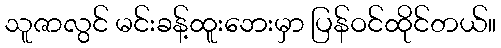
သူဇာလွင် မင်းခန့်ထူးဘေးမှာ ပြန်ဝင်ထိုင်တယ်။